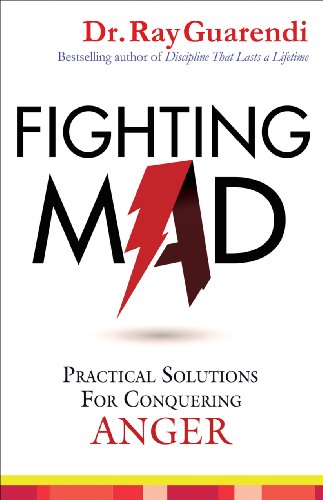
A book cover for Fighting Mad: Practical Solutions for Conquering Anger; Dr. Ray Guarendi; Self-Help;